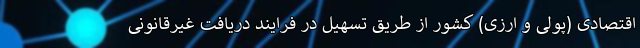
اقتصادی (پولی و ارزی) کشور از طریق تسهیل در فرایند دریافت غیرقانونی